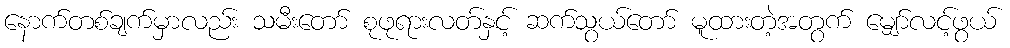
နောက်တစ်ချက်မှာလည်း သမီးတော် စုဖုရားလတ်နှင့် ဆက်သွယ်တော် မူထားတဲ့အတွက် မျှော်လင့်ဖွယ်